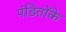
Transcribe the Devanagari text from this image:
पंडितोंके